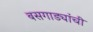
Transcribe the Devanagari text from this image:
बसगाड्यांची